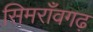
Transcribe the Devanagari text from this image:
सिमराँवगढ़